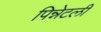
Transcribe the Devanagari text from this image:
पिन्नेटली